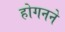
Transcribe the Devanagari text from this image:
होगनने